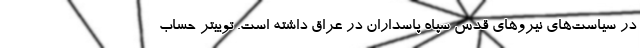
در سیاست‌های نیروهای قدس سپاه پاسداران در عراق داشته است. توییتر حساب